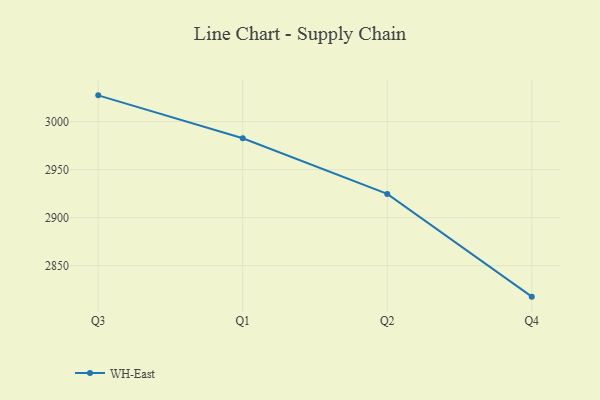
{"axis": {"x": "Quarter", "y": "Revenue (USD Million)"}, "legend": ["WH-East"], "data": [{"x": "Q3", "y": 3027.4, "type": "WH-East"}, {"x": "Q1", "y": 2982.7, "type": "WH-East"}, {"x": "Q2", "y": 2924.7, "type": "WH-East"}, {"x": "Q4", "y": 2817.7, "type": "WH-East"}]}